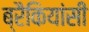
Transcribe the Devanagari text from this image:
ब्रैकियांसी